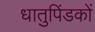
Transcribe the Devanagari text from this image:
धातुपिंडकों